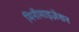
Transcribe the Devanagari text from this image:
मिनीमाइज़ेशन